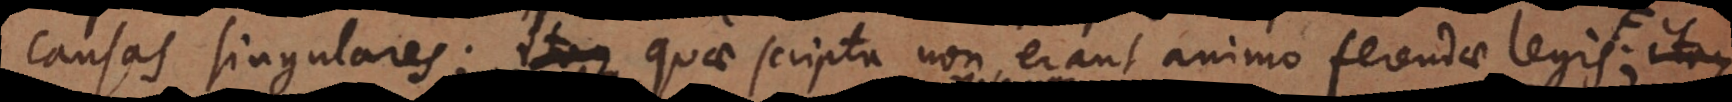
causas singulares; quae scripta non erant animo ferendae legis etsi